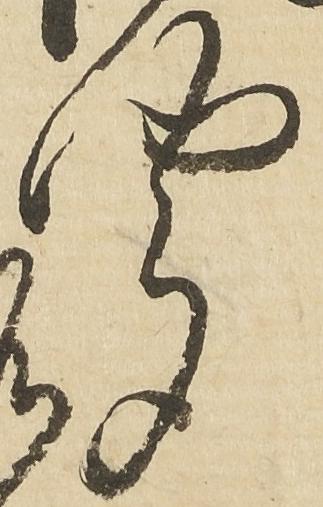
聞